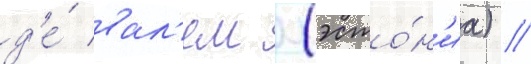
д'е́ вал'ем (эсто́н'иа) //